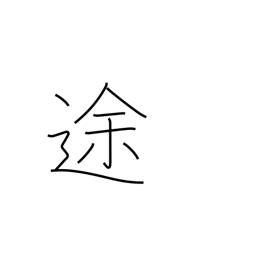
Meaning: route